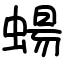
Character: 蝪